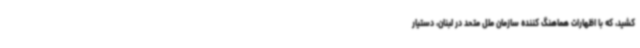
کشید، که با اظهارات هماهنگ کننده سازمان ملل متحد در لبنان، دستیار